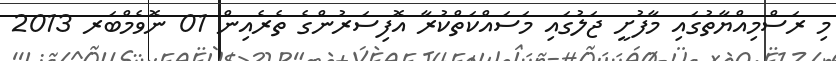
މި ރަސްމިއްޔާތުގައި މާފުށީ ޖަލުގައި މަސައްކަތްކުރާ އޮފިސަރުންގެ ތެރެއިން 01 ނޮވެމްބަރ 2013